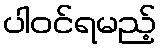
ပါဝင်ရမည့်